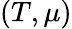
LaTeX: (T,\mu)